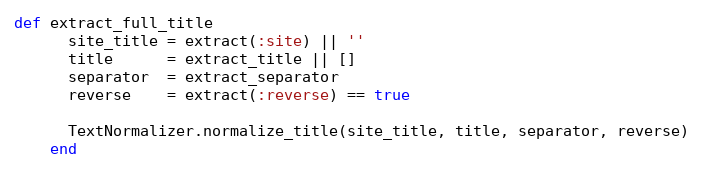
Language: Ruby
def extract_full_title
      site_title = extract(:site) || ''
      title      = extract_title || []
      separator  = extract_separator
      reverse    = extract(:reverse) == true

      TextNormalizer.normalize_title(site_title, title, separator, reverse)
    end